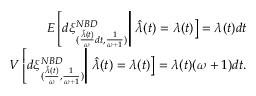
\begin{array} { r l r } & { } & { E \left[ d \xi _ { ( \frac { \hat { \lambda } ( t ) } { \omega } d t , \frac { 1 } { \omega + 1 } ) } ^ { N B D } \right| \left. \hat { \lambda } ( t ) = \lambda ( t ) \right] = \lambda ( t ) d t } \\ & { } & { V \left[ d \xi _ { ( \frac { \hat { \lambda } ( t ) } { \omega } , \frac { 1 } { \omega + 1 } ) } ^ { N B D } \right| \left. \hat { \lambda } ( t ) = \lambda ( t ) \right] = \lambda ( t ) ( \omega + 1 ) d t . } \end{array}